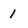
Character: 1